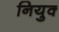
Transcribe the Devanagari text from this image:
नियुक्‍